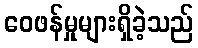
ဝေဖန်မှုများရှိခဲ့သည်